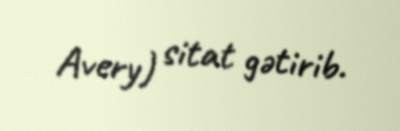
Avery) sitat gətirib.